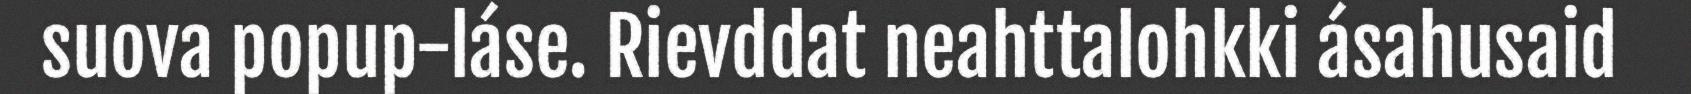
suova popup-láse. Rievddat neahttalohkki ásahusaid